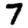
Digit: 7